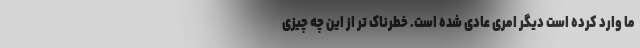
ما وارد کرده است دیگر امری عادی شده است. خطرناک تر از این چه چیزی